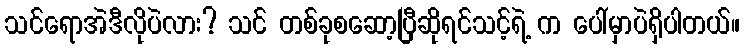
သင်ရောအဲဒီလိုပဲလား? သင် တစ်ခုစဆော့ပြီဆိုရင်သင့်ရဲ့ က ပေါ်မှာပဲရှိပါတယ်။